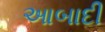
આબાદી